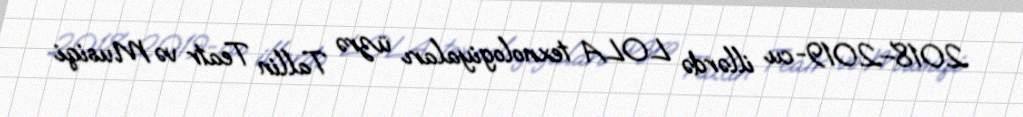
2018–2019-cu illərdə LOLA texnologiyaları üzrə Tallin Teatr və Musiqi